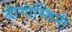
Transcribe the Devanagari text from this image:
दीगोस्तिनी